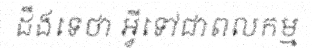
ដឹងទេថា អ្វីទៅជាពលកម្ម